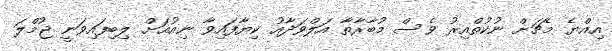
އިއްޔެ މެޗަށް ނުކުތްއިރު ވެސް މުބާރާތާ އަލްވަދާއު ކިޔާފައިވާ ނިއުއަށް ލިބިފައިވަނީ ޖުމްލަ